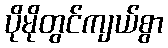
ပိုမိုတွင်ကျယ်စွာ